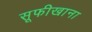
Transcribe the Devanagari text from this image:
सूफीखाना